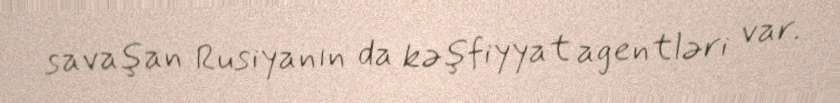
savaşan Rusiyanın da kəşfiyyat agentləri var.